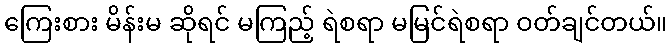
ကြေးစား မိန်းမ ဆိုရင် မကြည့် ရဲစရာ မမြင်ရဲစရာ ဝတ်ချင်တယ်။